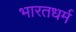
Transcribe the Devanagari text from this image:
भारतधर्म